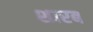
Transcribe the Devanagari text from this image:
शारब